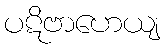
ပဋိဗာဟေယျ